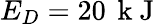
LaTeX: E_{D}=20\, \mathrm{~k~J~}